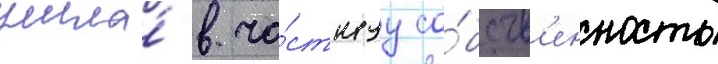
ушла́ в ча́стнуу со́бств'енность